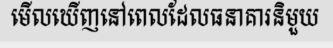
មើលឃើញនៅពេលដែលធនាគារនិមួយ